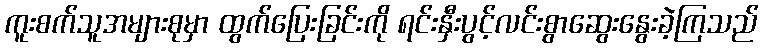
ကူးစက်သူအများစုမှာ ထွက်ပြေးခြင်းကို ရင်းနှီးပွင့်လင်းစွာဆွေးနွေးခဲ့ကြသည်